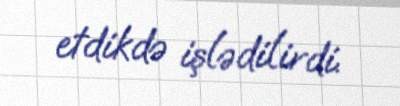
etdikdə işlədilirdi.